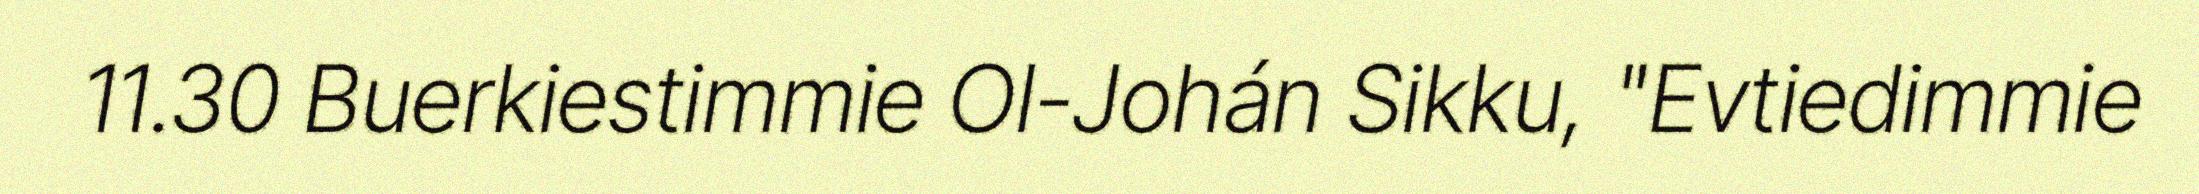
11.30 Buerkiestimmie Ol-Johán Sikku, "Evtiedimmie